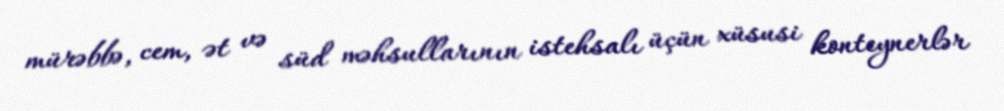
mürəbbə, cem, ət və süd məhsullarının istehsalı üçün xüsusi konteynerlər